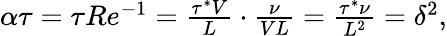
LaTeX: \begin{array}{r}{\alpha\tau=\tau Re^{-1}=\frac{\tau^{*}V}{L}\cdot\frac{\nu}{VL}=\frac{\tau^{*}\nu}{L^{2}}=\delta^{2},}\end{array}